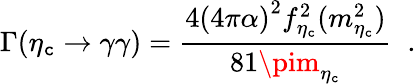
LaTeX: \Gamma(\eta_{\mathtt{c}}\to\gamma\gamma)=\frac{{4{(4\pi\alpha)}^{2}f_{\eta_{\mathtt{c}}}^{2}(m_{\eta_{\mathtt{c}}}^{2})}}{{81\pim_{\eta_{\mathtt{c}}}}}\; \; .